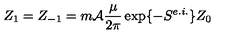
Z _ { 1 } = Z _ { - 1 } = m { \cal A } \frac { \mu } { 2 \pi } \exp \{ - S ^ { e . i . } \} Z _ { 0 }